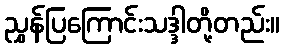
ညွှန်ပြကြောင်းသဒ္ဒါတို့တည်း။